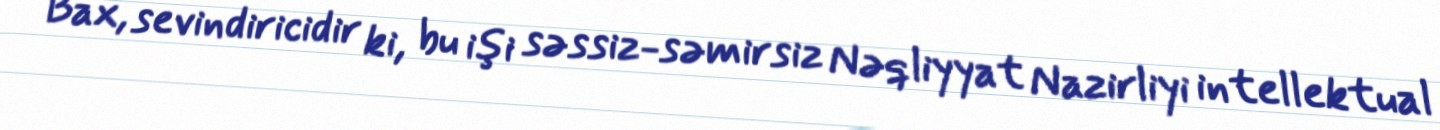
Bax, sevindiricidir ki, bu işi səssiz-səmirsiz Nəqliyyat Nazirliyi intellektual